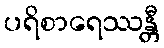
ပရိစာရေဿန္တီ